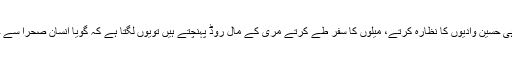
سیاح جب ایسی ہی حسین وادیوں کا نظارہ کرتے، میلوں کا سفر طے کرتے مری کے مال روڈ پہنچتے ہیں تویوں لگتا ہے کہ گویا انسان صحرا سے جنت میں آگیا ہو۔